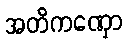
အတိကဏှော